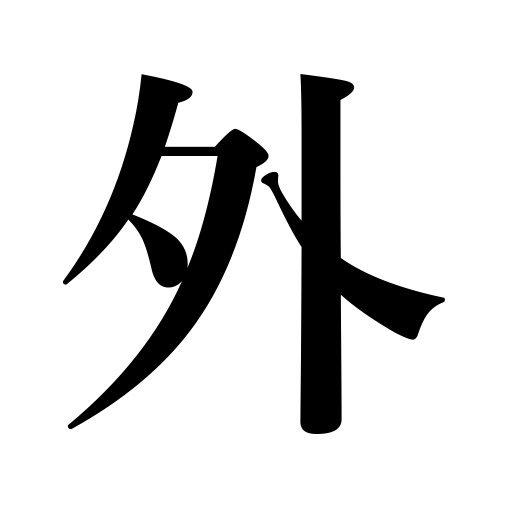
Meanings: be dislocated,open air,evade,be out of gear,the rest,run off the track,unfasten,be off,without,avoid,dodge,be unbuttoned,miss,beside,detach,disconnect,beyond the scope off,be off the hook a phone,take off,outside,exterior,remove,fail,be unzipped,slip out or off,be disconnected,come off,put out off gear,be or get out of place,undo,some other place